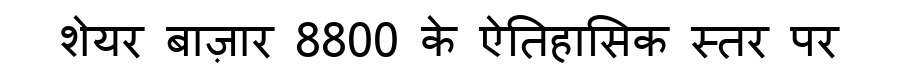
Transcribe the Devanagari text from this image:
शेयर बाज़ार 8800 के ऐतिहासिक स्तर पर